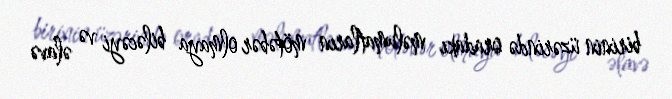
birinin üzərində oradakı məlumatların mötəbər olmaya biləcəyi və əlavə